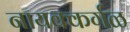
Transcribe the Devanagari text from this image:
नायक्कर्गळ